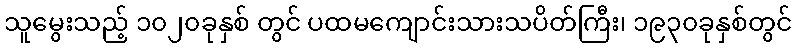
သူမွေးသည့် ၁၀၂၀ခုနှစ် တွင် ပထမကျောင်းသားသပိတ်ကြီး၊ ၁၉၃၀ခုနှစ်တွင်